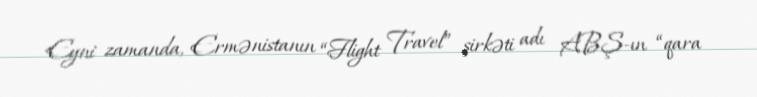
Eyni zamanda, Ermənistanın “Flight Travel” şirkəti adı ABŞ-ın “qara